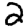
Digit: 2